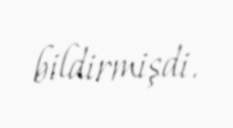
bildirmişdi.